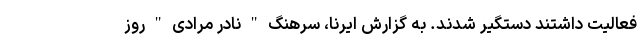
فعالیت داشتند دستگیر شدند. به گزارش ایرنا، سرهنگ " نادر مرادی " روز